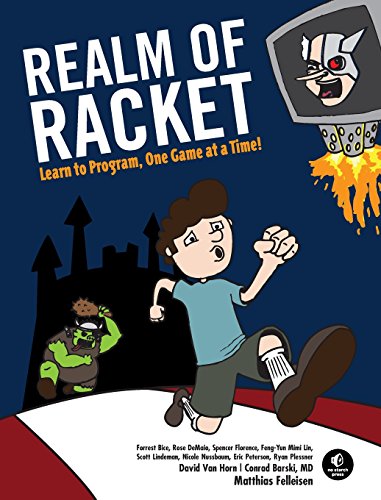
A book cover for Realm of Racket: Learn to Program, One Game at a Time!; Matthias Felleisen; Computers & Technology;